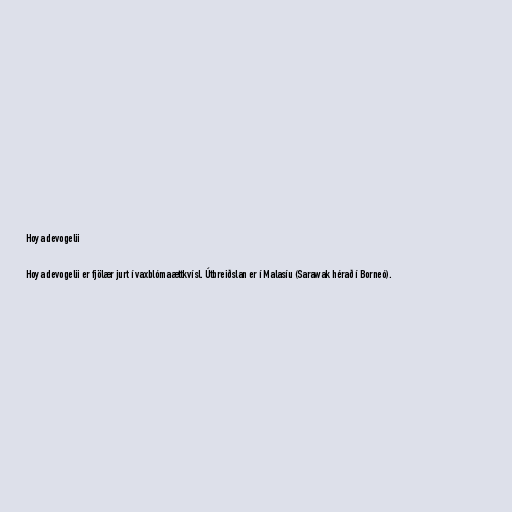
Hoya devogelii

Hoya devogelii er fjölær jurt í vaxblómaættkvísl. Útbreiðslan er í Malasíu (Sarawak hérað í Borneó).